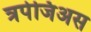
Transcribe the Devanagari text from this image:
त्रपेजिअस